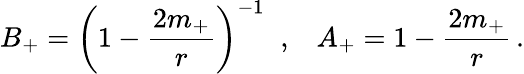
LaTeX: B_{+}=\left(1-\frac{2m_{+}}{r}\right)^{-1}\; \; ,\; \; \; A_{+}=1-\frac{2m_{+}}{r}\, .